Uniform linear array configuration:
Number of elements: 4
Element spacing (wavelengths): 0.5
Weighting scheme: blackman
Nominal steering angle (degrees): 30
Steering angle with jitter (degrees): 29.493
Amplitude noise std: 0.05
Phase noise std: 0.05

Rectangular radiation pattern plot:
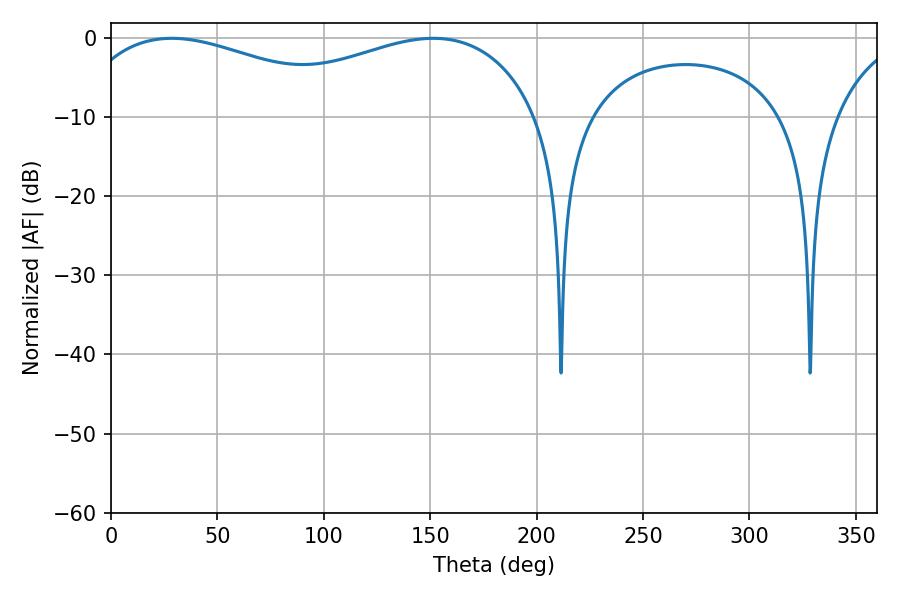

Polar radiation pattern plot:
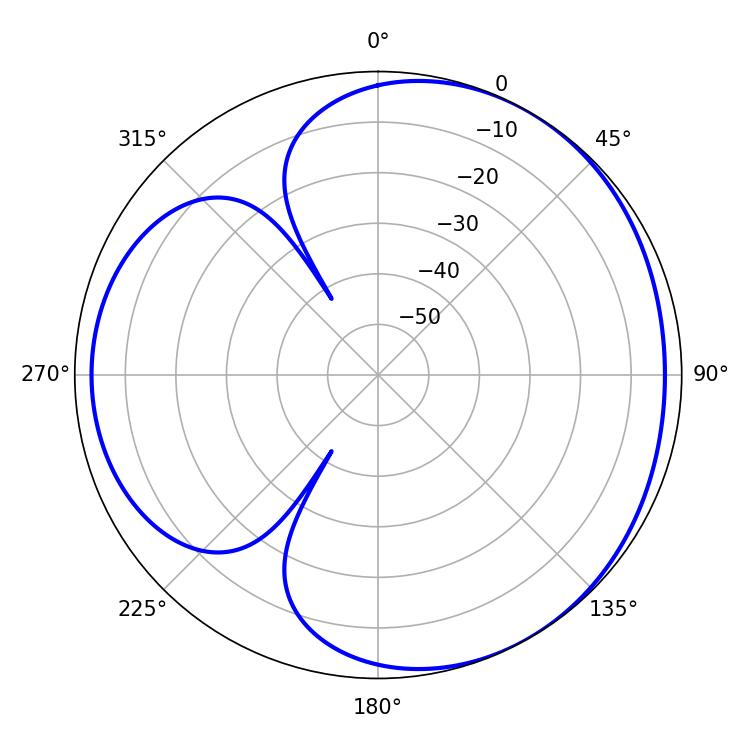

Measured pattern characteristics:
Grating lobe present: FALSE
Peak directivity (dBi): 3.507
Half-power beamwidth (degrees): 77.94
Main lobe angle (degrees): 28.62